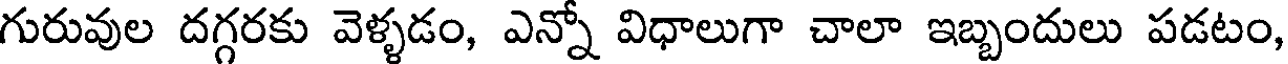
గురువుల దగ్గరకు వెళ్ళడం, ఎన్నో విధాలుగా చాలా ఇబ్బందులు పడటం,